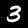
Digit: 3